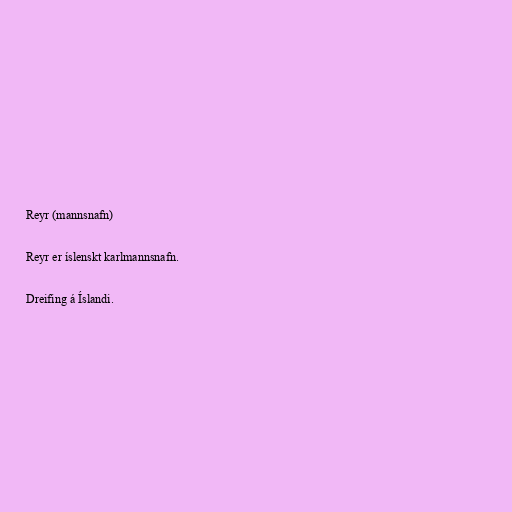
Reyr (mannsnafn)

Reyr er íslenskt karlmannsnafn.

Dreifing á Íslandi.